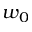
w _ { 0 }